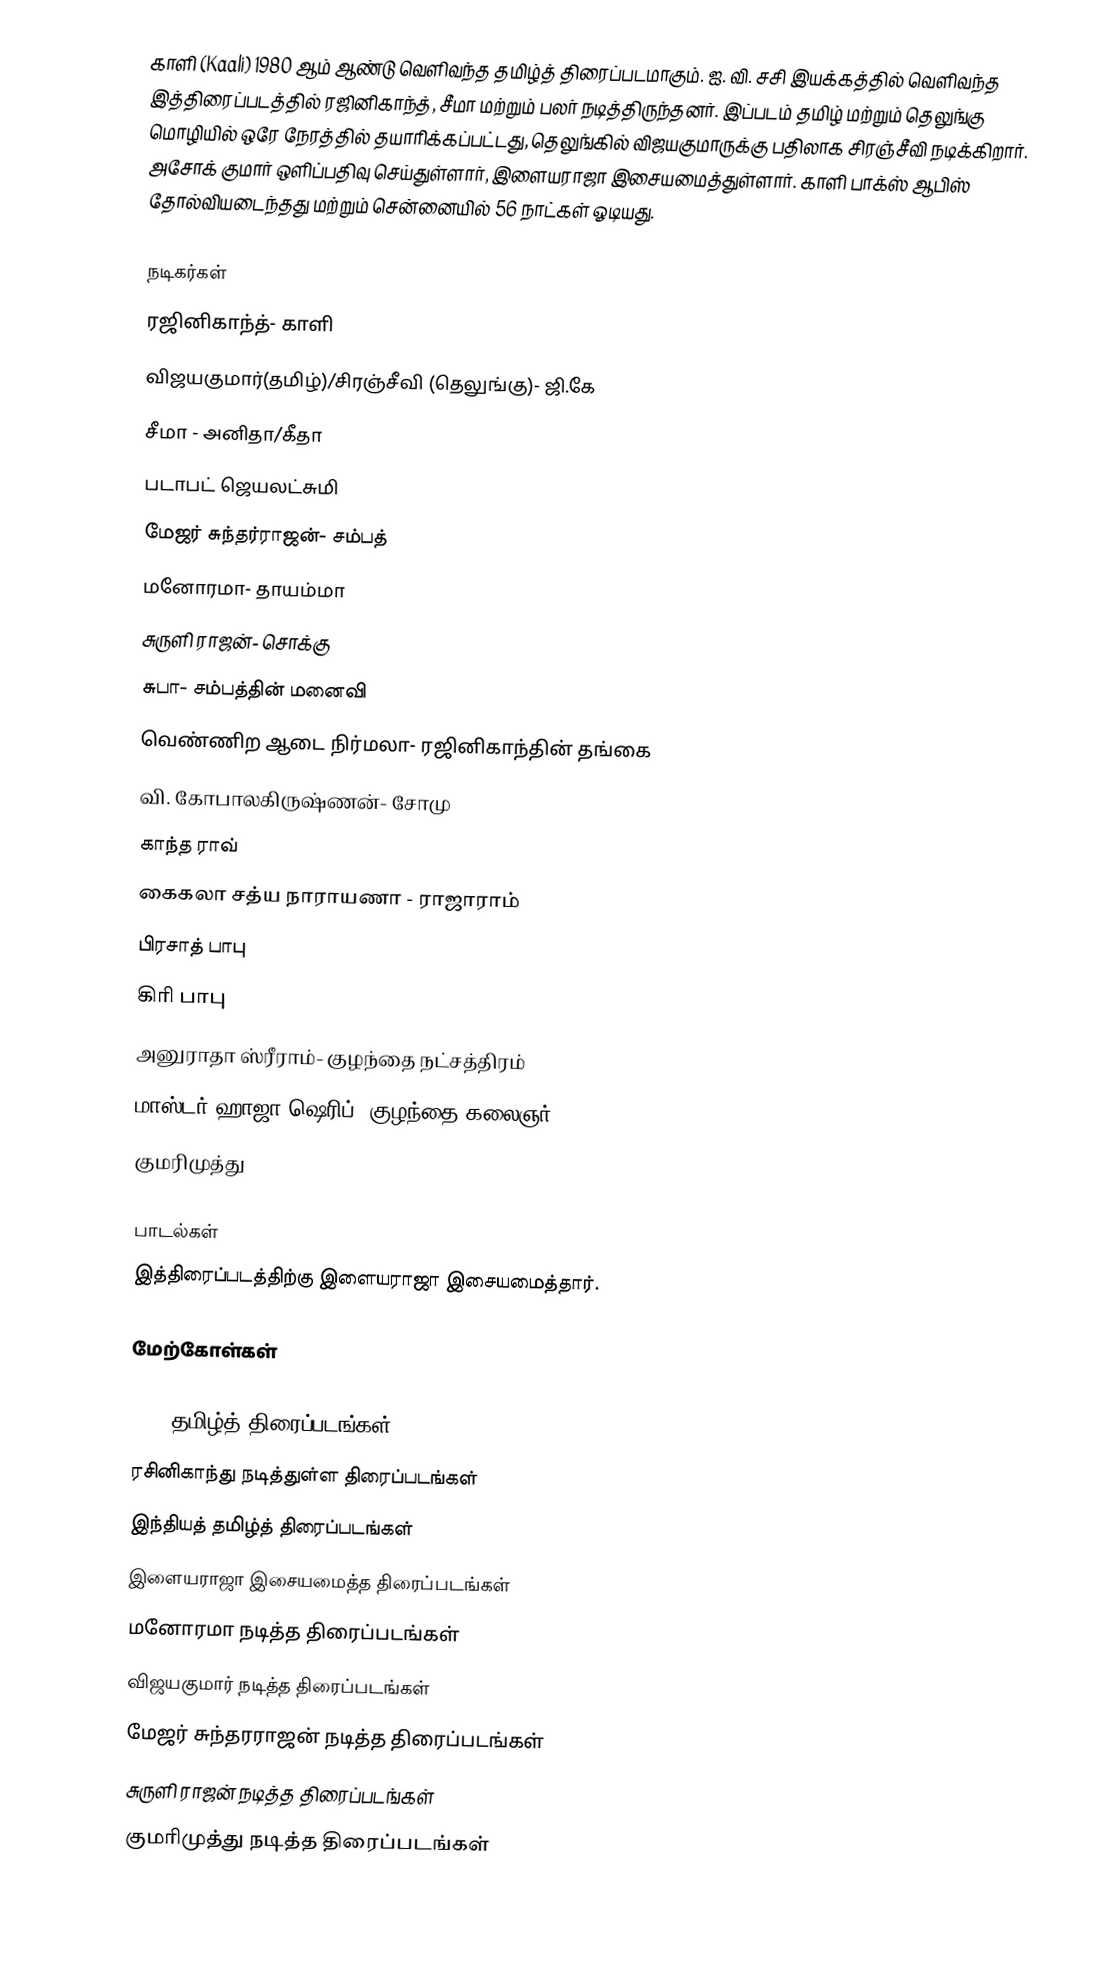
காளி (Kaali) 1980 ஆம் ஆண்டு வெளிவந்த தமிழ்த் திரைப்படமாகும். ஐ. வி. சசி இயக்கத்தில் வெளிவந்த இத்திரைப்படத்தில் ரஜினிகாந்த், சீமா மற்றும் பலர் நடித்திருந்தனர். இப்படம் தமிழ் மற்றும் தெலுங்கு மொழியில் ஒரே நேரத்தில் தயாரிக்கப்பட்டது, தெலுங்கில் விஜயகுமாருக்கு பதிலாக  சிரஞ்சீவி நடிக்கிறார். அசோக் குமார் ஒளிப்பதிவு செய்துள்ளார், இளையராஜா இசையமைத்துள்ளார். காளி பாக்ஸ் ஆபிஸ் தோல்வியடைந்தது மற்றும் சென்னையில் 56 நாட்கள் ஓடியது.

நடிகர்கள்
 ரஜினிகாந்த்- காளி
 விஜயகுமார்(தமிழ்)/சிரஞ்சீவி (தெலுங்கு)- ஜி.கே
 சீமா - அனிதா/கீதா
 படாபட் ஜெயலட்சுமி
 மேஜர் சுந்தர்ராஜன்- சம்பத்
 மனோரமா- தாயம்மா
 சுருளி ராஜன்- சொக்கு
 சுபா- சம்பத்தின் மனைவி
 வெண்ணிற ஆடை நிர்மலா- ரஜினிகாந்தின் தங்கை
 வி. கோபாலகிருஷ்ணன்- சோமு
 காந்த ராவ்
 கைகலா சத்ய நாராயணா - ராஜாராம்
 பிரசாத் பாபு
 கிரி பாபு
 அனுராதா ஸ்ரீராம்- குழந்தை நட்சத்திரம்
 மாஸ்டர் ஹாஜா ஷெரிப்- குழந்தை கலைஞர்
 குமரிமுத்து

பாடல்கள்
இத்திரைப்படத்திற்கு இளையராஜா இசையமைத்தார்.

மேற்கோள்கள்

1980 தமிழ்த் திரைப்படங்கள்
ரசினிகாந்து நடித்துள்ள திரைப்படங்கள்
இந்தியத் தமிழ்த் திரைப்படங்கள்
இளையராஜா இசையமைத்த திரைப்படங்கள்
மனோரமா நடித்த திரைப்படங்கள்
விஜயகுமார் நடித்த திரைப்படங்கள்
மேஜர் சுந்தரராஜன் நடித்த திரைப்படங்கள்
சுருளி ராஜன் நடித்த திரைப்படங்கள்
குமரிமுத்து நடித்த திரைப்படங்கள்